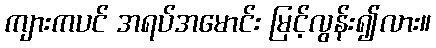
ကျားကပင် အရပ်အမောင်း မြင့်လွန်း၍လား။